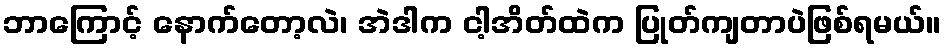
ဘာကြောင့် နောက်တော့လဲ၊ အဲဒါက ငါ့အိတ်ထဲက ပြုတ်ကျတာပဲဖြစ်ရမယ်။